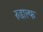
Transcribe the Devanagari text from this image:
रुडाल्फ